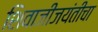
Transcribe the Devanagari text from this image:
शिवाजीजयंतीचा